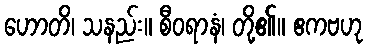
ဟောတိ၊ သနည်း။ စီဝရာနံ၊ တို့၏။ ဧကဗဟု